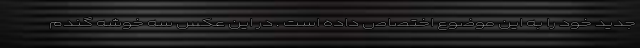
جدید خود را به این موضوع اختصاص داده است . در این عکس سه خوشه گندم